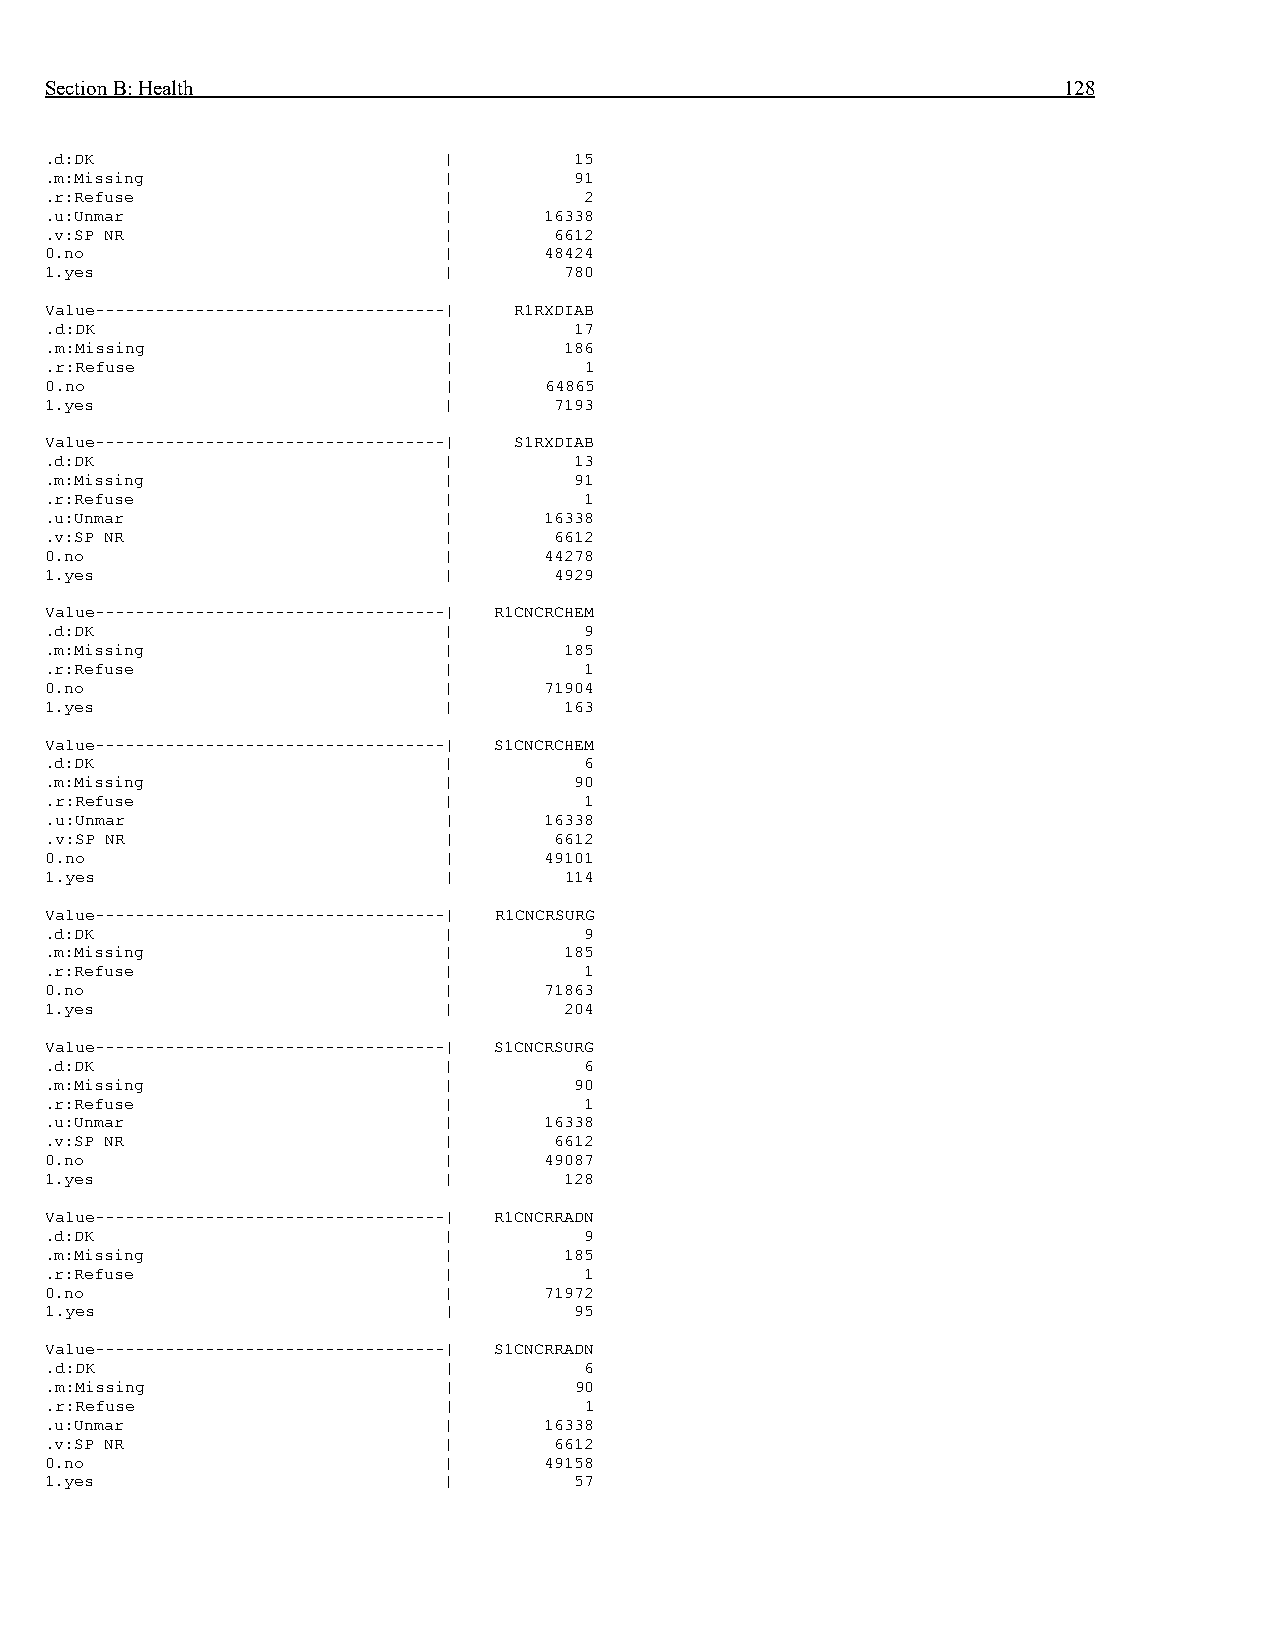
Section B: Health                                                  128
 .d:DK                     |        15
 .m:Missing                |        91
 .r:Refuse                 |         2
 .u:Unmar                  |      16338
 .v:SP NR                  |       6612
 0.no                      |      48424
 1.yes                     |       780
 Value-----------------------------------| R1RXDIAB
 .d:DK                     |        17
 .m:Missing                |       186
 .r:Refuse                 |         1
 0.no                      |      64865
 1.yes                     |       7193
 Value-----------------------------------| S1RXDIAB
 .d:DK                     |        13
 .m:Missing                |        91
 .r:Refuse                 |         1
 .u:Unmar                  |      16338
 .v:SP NR                  |       6612
 0.no                      |      44278
 1.yes                     |       4929
 Value-----------------------------------| R1CNCRCHEM
 .d:DK                     |         9
 .m:Missing                |       185
 .r:Refuse                 |         1
 0.no                      |      71904
 1.yes                     |       163
 Value-----------------------------------| S1CNCRCHEM
 .d:DK                     |         6
 .m:Missing                |        90
 .r:Refuse                 |         1
 .u:Unmar                  |      16338
 .v:SP NR                  |       6612
 0.no                      |      49101
 1.yes                     |       114
 Value-----------------------------------| R1CNCRSURG
 .d:DK                     |         9
 .m:Missing                |       185
 .r:Refuse                 |         1
 0.no                      |      71863
 1.yes                     |       204
 Value-----------------------------------| S1CNCRSURG
 .d:DK                     |         6
 .m:Missing                |        90
 .r:Refuse                 |         1
 .u:Unmar                  |      16338
 .v:SP NR                  |       6612
 0.no                      |      49087
 1.yes                     |       128
 Value-----------------------------------| R1CNCRRADN
 .d:DK                     |         9
 .m:Missing                |       185
 .r:Refuse                 |         1
 0.no                      |      71972
 1.yes                     |        95
 Value-----------------------------------| S1CNCRRADN
 .d:DK                     |         6
 .m:Missing                |        90
 .r:Refuse                 |         1
 .u:Unmar                  |      16338
 .v:SP NR                  |       6612
 0.no                      |      49158
 1.yes                     |        57